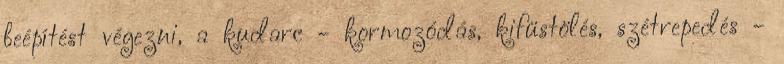
beépítést végezni, a kudarc - kormozódás, kifüstölés, szétrepedés -